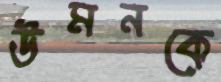
উমনকে